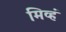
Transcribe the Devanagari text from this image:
मिव्हं